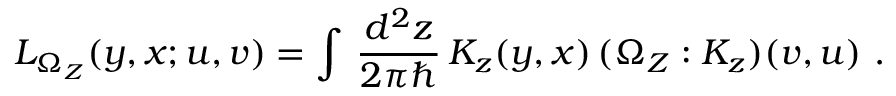
{ \cal L } _ { \Omega _ { \cal Z } } ( y , x ; u , v ) = \int \, { \frac { d ^ { 2 } z } { 2 \pi \hbar } } \, { \cal K } _ { z } ( y , x ) \, ( \Omega _ { \cal Z } : { \cal K } _ { z } ) ( v , u ) ~ .